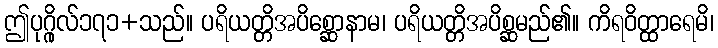
ဤပုဂ္ဂိုလ်၁၇၁+သည်။ ပရိယတ္တိအပိစ္ဆောနာမ၊ ပရိယတ္တိအပိစ္ဆမည်၏။ ကိရဝိတ္ထာရေမိ၊